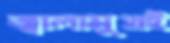
জ্বালামুখই